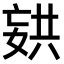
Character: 𫱏